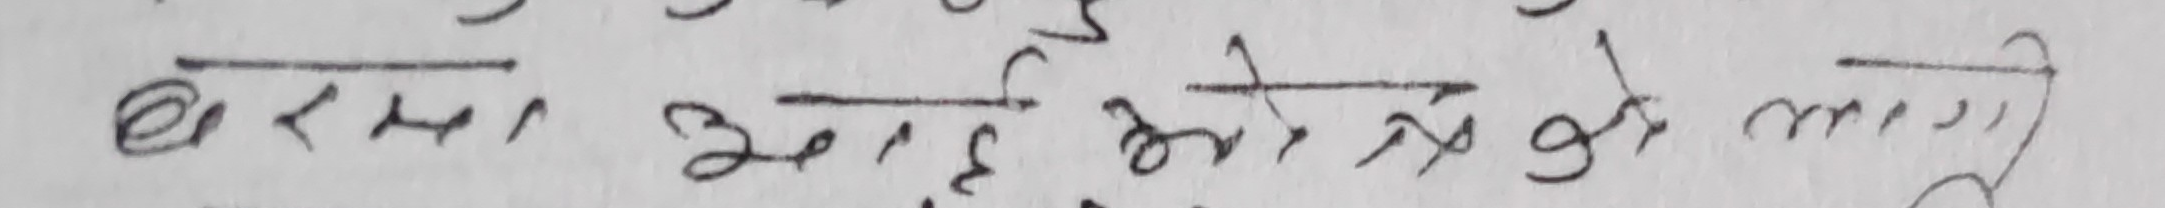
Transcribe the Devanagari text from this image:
बरु अन्त आएको मात्रै